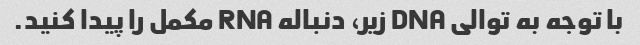
با توجه به توالی DNA زیر، دنباله RNA مکمل را پیدا کنید.